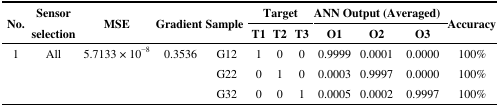
| <ROWSPAN=2> No. | <ROWSPAN=2> Sensor selection | <ROWSPAN=2> MSE | <ROWSPAN=2> Gradient | <ROWSPAN=2> Sample | <COLSPAN=3> Target | <COLSPAN=3> ANN Output (Averaged) | <ROWSPAN=2> Accuracy |
 | T1 | T2 | T3 | O1 | O2 | O3 |
 | --- | --- | --- | --- | --- | --- | --- | --- | --- | --- | --- | --- |
 | 1 | All | 5.7133 × 10−8 | 0.3536 | G12 | 1 | 0 | 0 | 0.9999 | 0.0001 | 0.0000 | 100% |
 |  |  |  |  | G22 | 0 | 1 | 0 | 0.0003 | 0.9997 | 0.0000 | 100% |
 |  |  |  |  | G32 | 0 | 0 | 1 | 0.0005 | 0.0002 | 0.9997 | 100% |